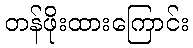
တန်ဖိုးထားကြောင်း